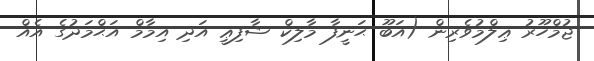
ޖުމްހޫރު ޢިލްމުވެރިން (އަބޫ ޙަނީފާ މާލިކް ޝާފިޢީ އަދި އިމާމް އަޙްމަދުގެ އެއް